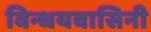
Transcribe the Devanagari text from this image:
विन्धयवासिनी